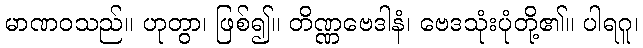
မာဏဝသည်။ ဟုတွာ၊ ဖြစ်၍။ တိဏ္ဏဗေဒါနံ၊ ဗေဒသုံးပုံတို့၏။ ပါရဂူ၊